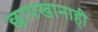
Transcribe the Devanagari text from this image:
छापखानाही